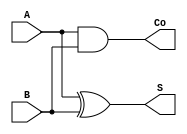
//structural model of half adder
module halfadder(A,B,S,Co);
input A,B;
output S,Co;

and G1(Co,A,B);
xor G2(S,A,B);

endmodule